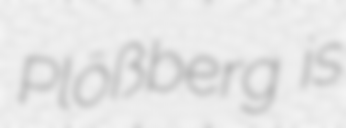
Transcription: Plößberg is